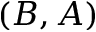
( B , A )